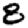
Digit: 8